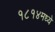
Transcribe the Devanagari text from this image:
१८१४मध्ये